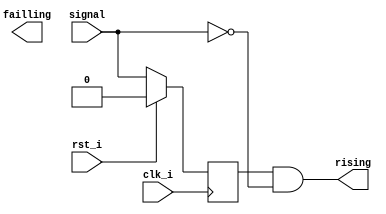
module edge_detection (/*AUTOARG*/
   // Outputs
   rising, failling,
   // Inputs
   clk_i, rst_i, signal
   ) ;
   input wire clk_i;
   input wire rst_i;
   input wire signal;
   output wire rising;
   output wire failling;
   
   reg         hold;
   
   assign rising  = ((hold == 1) & (signal == 0));
   assign falling = ((hold == 0) & (signal == 1));

   //
   // Delay and hold input signal by 1 clock to detect
   // changes in its value
   //

   always @(posedge clk_i)
     if (rst_i) begin
        hold <= 0;        
     end else begin
        hold <= signal;        
     end
   
endmodule